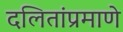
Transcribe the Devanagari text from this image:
दलितांप्रमाणे